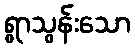
ရွာသွန်းသော